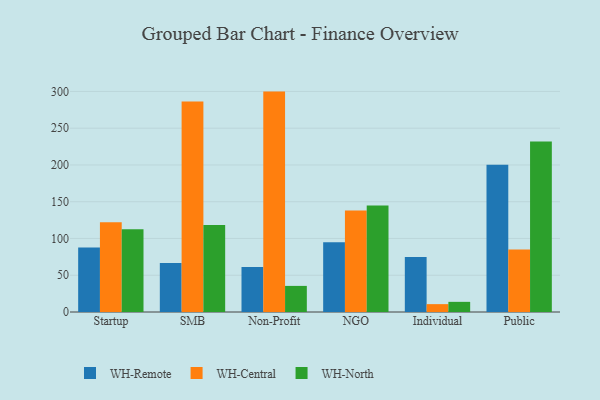
{"axis": {"x": "Segment", "y": "Budget (USD K)"}, "legend": ["WH-Central", "WH-North", "WH-Remote"], "data": [{"x": "Startup", "y": 87.6, "type": "WH-Remote"}, {"x": "Startup", "y": 122.1, "type": "WH-Central"}, {"x": "Startup", "y": 112.7, "type": "WH-North"}, {"x": "SMB", "y": 66.5, "type": "WH-Remote"}, {"x": "SMB", "y": 286.2, "type": "WH-Central"}, {"x": "SMB", "y": 118.5, "type": "WH-North"}, {"x": "Non-Profit", "y": 61.3, "type": "WH-Remote"}, {"x": "Non-Profit", "y": 299.8, "type": "WH-Central"}, {"x": "Non-Profit", "y": 35.5, "type": "WH-North"}, {"x": "NGO", "y": 94.8, "type": "WH-Remote"}, {"x": "NGO", "y": 137.9, "type": "WH-Central"}, {"x": "NGO", "y": 144.8, "type": "WH-North"}, {"x": "Individual", "y": 74.9, "type": "WH-Remote"}, {"x": "Individual", "y": 10.7, "type": "WH-Central"}, {"x": "Individual", "y": 13.8, "type": "WH-North"}, {"x": "Public", "y": 200.3, "type": "WH-Remote"}, {"x": "Public", "y": 85.0, "type": "WH-Central"}, {"x": "Public", "y": 232.0, "type": "WH-North"}]}